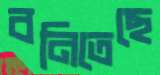
বনিতেছে